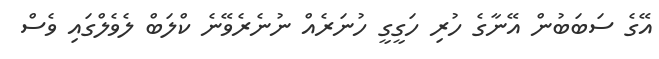
އޭގެ ސަބަބުން އޭނާގެ ހުރި ހަގީގީ ހުނަރެއް ނުނެރެވޭނެ ކްލަބް ލެވެލްގައި ވެސް